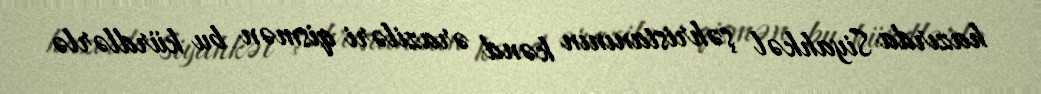
hazırda Siyahkəl şəhristanının kənd əraziləri qismən bu kürdlərlə